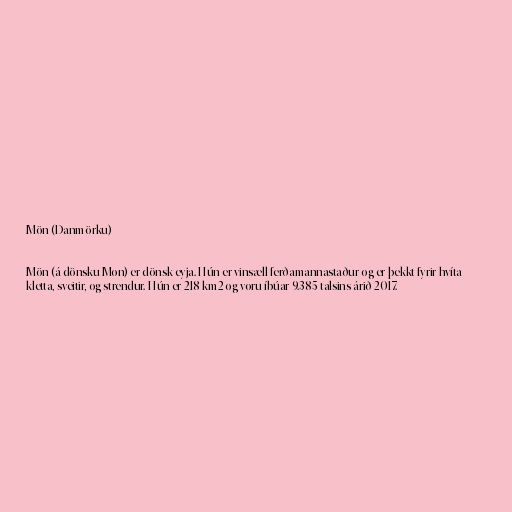
Mön (Danmörku)

Mön (á dönsku Møn) er dönsk eyja. Hún er vinsæll ferðamannastaður og er þekkt fyrir hvíta
kletta, sveitir, og strendur. Hún er 218 km2 og voru íbúar 9.385 talsins árið 2017.